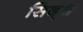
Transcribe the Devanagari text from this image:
सिद्‌ध